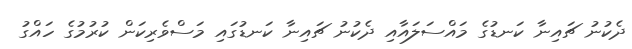
ދެކުނު ޗައިނާ ކަނޑުގެ މައްސަލައާއި ދެކުނު ޗައިނާ ކަނޑުގައި މަސްވެރިކަން ކުރުމުގެ ހައްގު